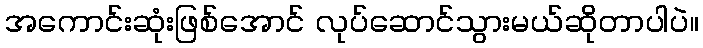
အကောင်းဆုံးဖြစ်အောင် လုပ်ဆောင်သွားမယ်ဆိုတာပါပဲ။